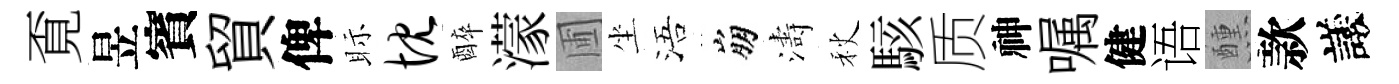
覔昱賓貿俾眎忱醉濛圃坐浯崩濤秋駭质神嘱健语醺款議